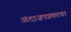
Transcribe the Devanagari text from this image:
अंदाजपत्रकाचा